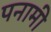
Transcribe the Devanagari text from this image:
पनामी